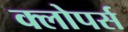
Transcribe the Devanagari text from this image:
क्लोपर्स